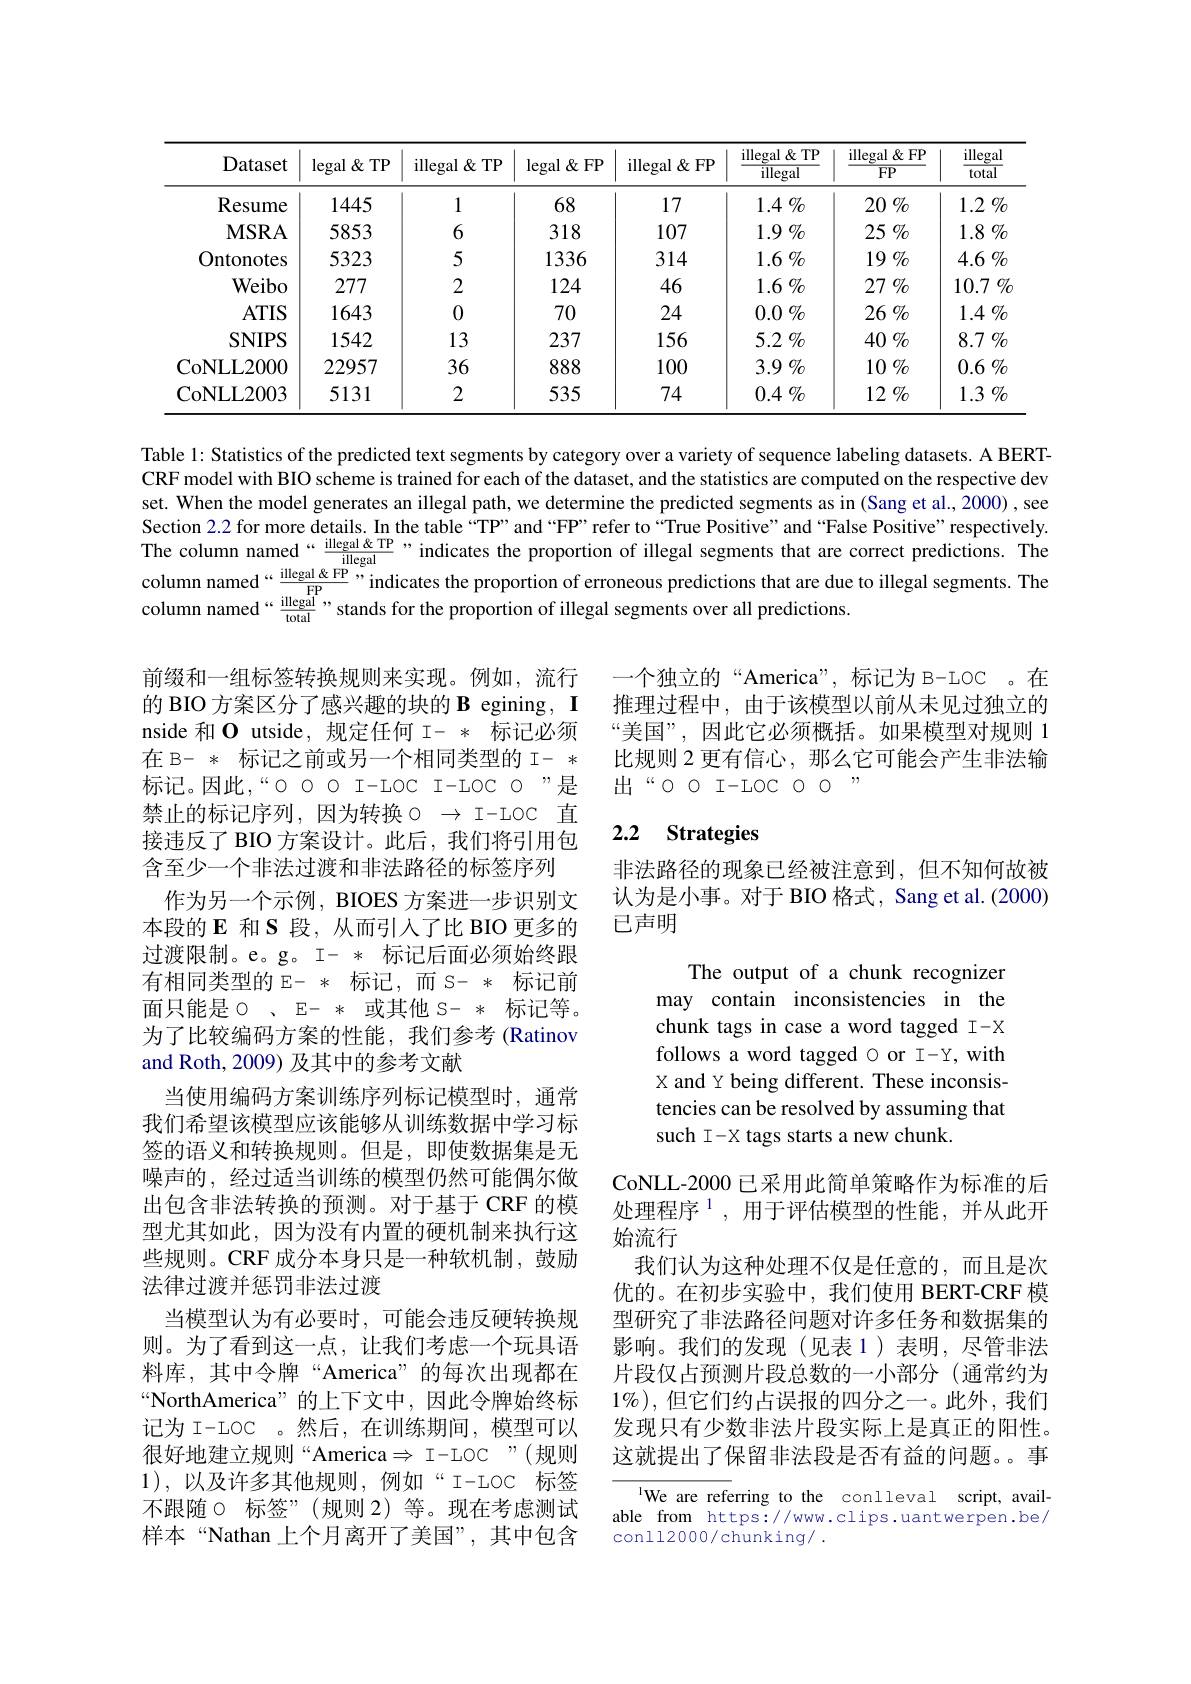
<table>
	<tbody>
		<tr>
			<th>Dataset</th>
			<th>$\operatorname{legal}\&$TP</th>
			<th>illegal & TP</th>
			<th>$\operatorname{legal}$ $\textbf{l}\&$FP </th>
			<th>illegal & FP</th>
			<th>illegal & TP $\overline{\text{illegal}}$</th>
			<th>illegal &FP $\overline{{\mathrm{FP}}}$</th>
			<th>$\underline{\text{illegal}}$ total</th>
		</tr>
		<tr>
			<th>Dalaset</th>
			<th>$\operatorname{legal}\propto\operatorname{lP}$</th>
			<th>111legal $\propto$lP</th>
			<th>$\operatorname{legal}\propto\operatorname{FP}$</th>
			<th>111legal $\propto$FP</th>
			<th>$\overline{\text{illegal}}$</th>
			<th>$\overline{\mathrm{FP}}$</th>
			<th>total</th>
		</tr>
		<tr>
			<td>Resume</td>
			<td>1445</td>
			<td>1</td>
			<td>68</td>
			<td>17</td>
			<td>$1.4\%$</td>
			<td>$20\%$</td>
			<td>$1.2\%$</td>
		</tr>
		<tr>
			<td>$\mathbf{MSRA}$</td>
			<td>5853</td>
			<td>6</td>
			<td>318</td>
			<td>107</td>
			<td>$1.9\%$</td>
			<td>25 $\%$</td>
			<td>$1.8\%$</td>
		</tr>
		<tr>
			<td>Ontonotes</td>
			<td>5323</td>
			<td>5</td>
			<td>1336</td>
			<td>314</td>
			<td>$1.6\%$</td>
			<td>$19\%$</td>
			<td>$4.6\%$</td>
		</tr>
		<tr>
			<td>Weibo</td>
			<td>277</td>
			<td>2</td>
			<td>124</td>
			<td>46</td>
			<td>$1.6\%$</td>
			<td>$27\%$</td>
			<td>10.7 $\mathbb{O}_{C}$</td>
		</tr>
		<tr>
			<td>$ATIS$</td>
			<td>1643</td>
			<td>0</td>
			<td>70</td>
			<td>24</td>
			<td>$0.0\%$</td>
			<td>$26\%$</td>
			<td>$1.4\%$</td>
		</tr>
		<tr>
			<td>SNIPS</td>
			<td>1542</td>
			<td>13</td>
			<td>237</td>
			<td>156</td>
			<td>$5.2\%$</td>
			<td>$40\%$</td>
			<td>8.7 $\%$</td>
		</tr>
		<tr>
			<td>CoNLL2000</td>
			<td>22957</td>
			<td>36</td>
			<td>888</td>
			<td>100</td>
			<td>$3.9\%$</td>
			<td>$10\%$</td>
			<td>$0.6\%$</td>
		</tr>
		<tr>
			<td>CoNLL2003</td>
			<td>5131</td>
			<td>2</td>
			<td>535</td>
			<td>74</td>
			<td>$0.4\%$</td>
			<td>$12\%$</td>
			<td>$1.3\%$</td>
		</tr>
	</tbody>
</table>

Table 1: Statistics of the predicted text segments by category over a variety of sequence labeling datasets. A BERTCRF model with BIO scheme is trained for each of the dataset, and the statistics are computed on the respective dev set. When the model generates an illegal path, we determine the predicted segments as in (Sang et al., 2000) ,see Section 2.2 for more details. In the table “TP” and “FP” refer to“True Positive” and “False Positive” respectively. The column named“$\frac{\text{illegal\" IP}}{\text{illegal}}$”,indicates the proportion of illegal segments that are correct predictions. The
indicates the proportion of erroneous predictions that are due to illegal segments. The
$\begin{aligned}&\text{column named“}\frac{\text{illegal' k'}}{\text{FP}},,\text{indicates the proportion of erroneous predictions that are due t}\\&\text{column named“}\frac{\text{illegal'}}{\text{total' stands for the proportion of illegal segments over all predictions.}\end{aligned}{\mathrm{column~named``}}}\\&\text{column named“}\frac{$

一个独立的“America”, 标记为 B-LOC 。在推理过程中，由于该模型以前从未见过独立的“美国”,因此它必须概括。如果模型对规则 1比规则 2 更有信心，那么它可能会产生非法输出“00 I-LOC 0 0”

## 2.2 Strategies

非法路径的现象已经被注意到，但不知何故被认为是小事。对于 BIO 格式，Sang et al.(2000) 已声明

The output of a chunk recognizer may contain inconsistencies in the chunk tags in case a word tagged I-X follows a word tagged $\circ$ or I-Y, with X and Y being different. These inconsistencies can be resolved by assuming that such I-X tags starts a new chunk.

前缀和一组标签转换规则来实现。例如，流行的 BIO 方案区分了感兴趣的块的 B egining, I nside 和 O utside, 规定任何 I- *标记必须在 B- *标记之前或另一个相同类型的 I- * 标记。因此，“000 I-LOC I-LOC O”是禁止的标记序列，因为转换$\circ\to$I-LOC 直接违反了 BIO 方案设计。此后，我们将引用包含至少一个非法过渡和非法路径的标签序列
作为另一个示例，BIOES 方案进一步识别文本段的 E 和$\mathbf{S}$段，从而引入了比 BIO 更多的过渡限制。e。g。I- *标记后面必须始终跟有相同类型的 E- *标记，而 S- *标记前面只能是$\circ$、E- * 或其他 S- * 标记等。为了比较编码方案的性能，我们参考(Ratinov and Roth, 2009) 及其中的参考文献
当使用编码方案训练序列标记模型时，通常我们希望该模型应该能够从训练数据中学习标签的语义和转换规则。但是，即使数据集是无噪声的，经过适当训练的模型仍然可能偶尔做出包含非法转换的预测。对于基于 CRF 的模型尤其如此，因为没有内置的硬机制来执行这些规则。CRF 成分本身只是一种软机制，鼓励法律过渡并惩罚非法过渡
当模型认为有必要时，可能会违反硬转换规则。为了看到这一点，让我们考虑一个玩具语料库，其中令牌“America”的每次出现都在“NorthAmerica”的上下文中，因此令牌始终标记为 I-LOC 。然后，在训练期间，模型可以很好地建立规则“America$\Rightarrow I-LOC”(规则$ 1),以及许多其他规则，例如“I-LOC 标签不跟随$\circ$ 标签”(规则 2)等。现在考虑测试样本“Nathan 上个月离开了美国”,其中包含

CoNLL-2000 已采用此简单策略作为标准的后处理程序$^1$,用于评估模型的性能，并从此开始流行
我们认为这种处理不仅是任意的，而且是次优的。在初步实验中，我们使用 BERT-CRF 模型研究了非法路径问题对许多任务和数据集的影响。我们的发现(见表1)表明，尽管非法片段仅占预测片段总数的一小部分(通常约为$1\%)$,但它们约占误报的四分之一。此外，我们发现只有少数非法片段实际上是真正的阳性。这就提出了保留非法段是否有益的问题。事

$^{\text{l}}$We are referring to the conlleval script, available from https://www.clips.uantwerpen.be/ conll2000/chunking/ .